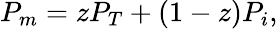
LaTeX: P_{m}=zP_{T}+(1-z)P_{i},